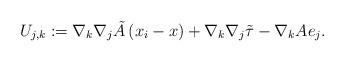
LaTeX: \begin{align*}U_{j,k}:=\nabla_k\nabla_j \tilde{A}\left(x_i-x\right)+\nabla_k\nabla_j \tilde{\tau}-\nabla_k A e_j .\end{align*}